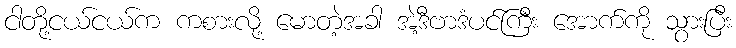
ငါတို့ငယ်ငယ်က ကစားလို့ မောတဲ့အခါ အဲ့ဒီဗာဒံပင်ကြီး အောက်ကို သွားပြီး